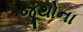
જૂથોના